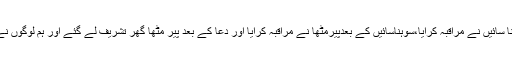
پیر مٹھاؒ کے فرمان پر سوہنا سائیں نے مراقبہ کرایا،سوہناسائیں کے بعدپیرمٹھاؒ نے مراقبہ کرایا اور دعا کے بعد پیر مٹھاؒ گھر تشریف لے گئے اور ہم لوگوں نے لنگر خانے میں ناشتہ کیا۔